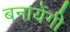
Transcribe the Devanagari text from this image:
बनायेंगी